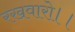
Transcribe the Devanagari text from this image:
रखवारो।।